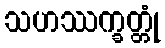
သဟဿက္ခတ္တုံ